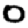
Digit: 0